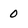
Character: 0